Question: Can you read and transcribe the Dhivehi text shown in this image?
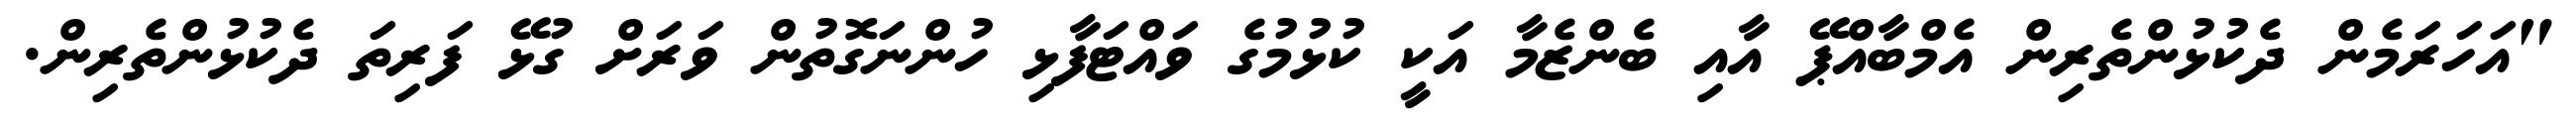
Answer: "އަހަރަމެން ދެކުޅުންތެރިން އެމްބާއްޕޭ އާއި ބެންޒެމާ އަކީ ކުޅުމުގެ ވައްޓަފާޅި ހުންނަގޮތުން ވަރަށް ގުޅޭ ފަރިތަ ދެކުޅުންތެރިން.